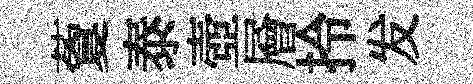
藑泰壺層拎发